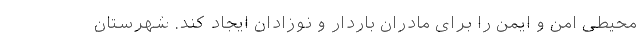
محیطی امن و ایمن را برای مادران باردار و نوزادان ایجاد کند. شهرستان